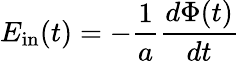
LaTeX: E_{\mathrm{in}}(t)=-\frac{1}{a}\frac{d\Phi(t)}{dt}